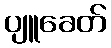
ပျူခေတ်